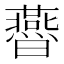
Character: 㬫